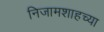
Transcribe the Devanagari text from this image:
निजामशाहच्या